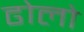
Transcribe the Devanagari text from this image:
ढोलो